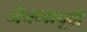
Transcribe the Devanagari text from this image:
जेवणापूर्वी